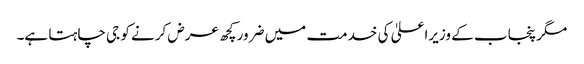
مگر پنجاب کے وزیراعلیٰ کی خدمت میں ضرور کچھ عرض کرنے کو جی چاہتا ہے۔